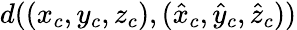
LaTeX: d((x_{c},y_{c},z_{c}),(\hat{x}_{c},\hat{y}_{c},\hat{z}_{c}))